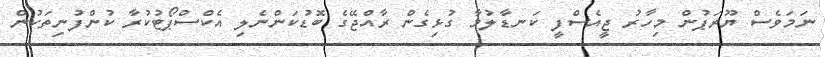
ނަމަވެސް ޔޫރަޕުން މިހާރު ޖީއެސްފީ ކަނޑާލުމާ ގުޅިގެން ރާއްޖޭގެ ބޮޑުކަންނެލި އެކްސްޕޯޓުކުރާ ކުންފުނިތަކުން